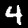
Label: 4